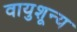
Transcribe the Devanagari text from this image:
वायुशून्य